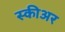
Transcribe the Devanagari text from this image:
स्कीअर